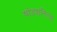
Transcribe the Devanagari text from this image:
षोडशनित्या